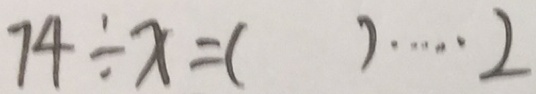
7 4 \div x = ( ) \cdots 2